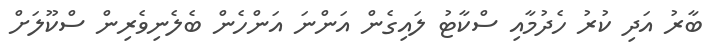
ބާރު އަދި ކުރު ހެދުމާއި ސްކާޓު ލައިގެން އަންނަ އަންހެން ބެލެނިވެރިން ސްކޫލަށް